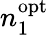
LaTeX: n_{1}^{\mathrm{opt}}